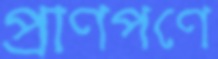
প্রাণপণে